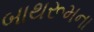
બાથરૂમના